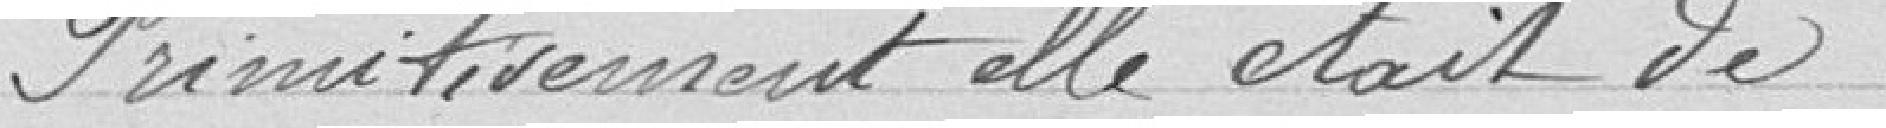
Primitivement elle était de